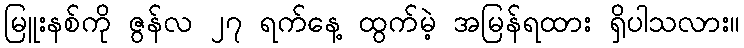
မြူးနစ်ကို ဇွန်လ ၂၇ ရက်နေ့ ထွက်မဲ့ အမြန်ရထား ရှိပါသလား။